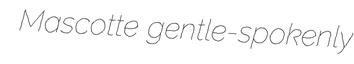
Mascotte gentle-spokenly